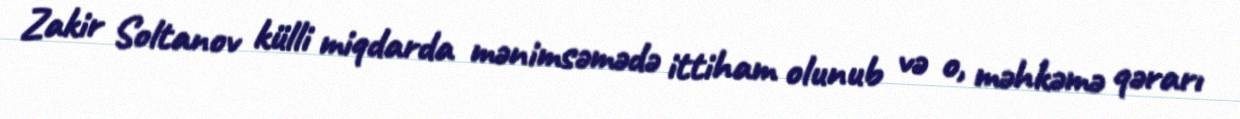
Zakir Soltanov külli miqdarda mənimsəmədə ittiham olunub və o, məhkəmə qərarı